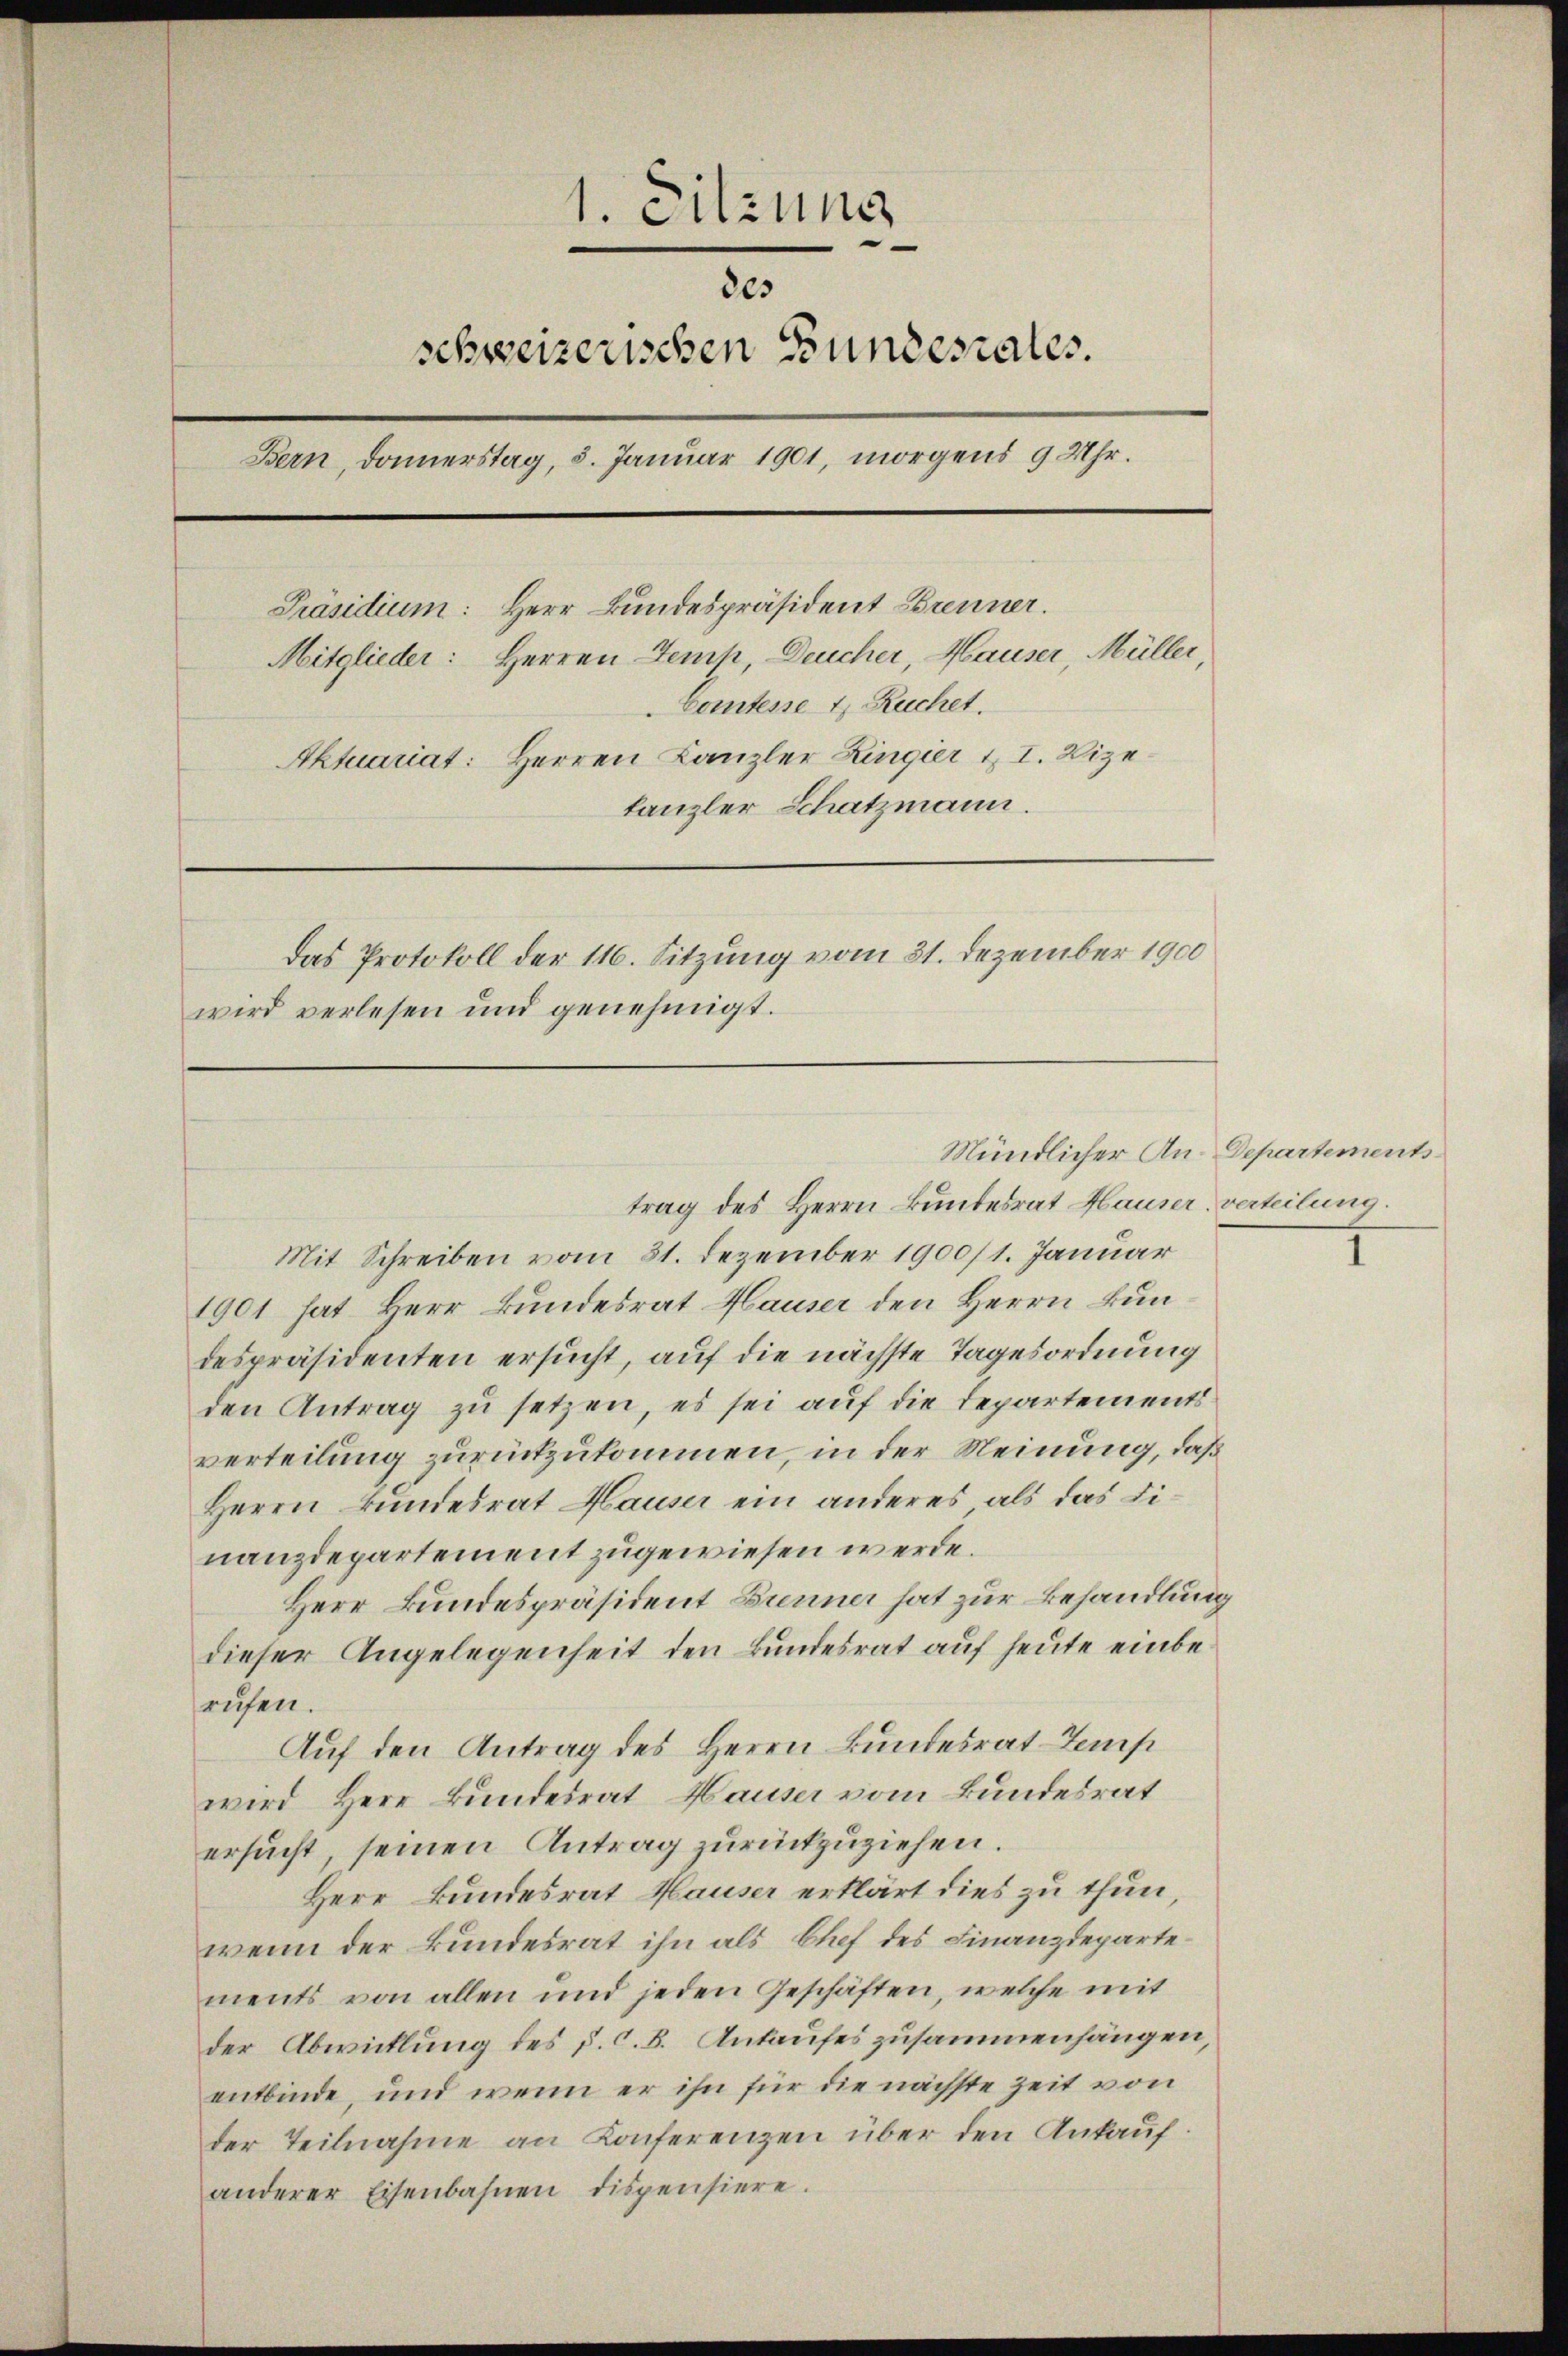
1. Sitzung
2es
schweizerischen Bundesrates.
Bern, Donnerstag, 5. Januar 1901, morgens 9 Uhr.
Präsidium: Herr Bundespräsident Brenner.
Mitglieder: Herren Temp, Deucher, Hauser, Müller,
Comtesse t Ruchet.
Aktuariat: Herren Kanzler Zingier II. Vize
kanzler Schatzmann.
Das Protokoll der 116. Sitzung vom 31. Dezember 1900
wird verlesen und genehmigt.

Mit Schreiben vom 31. Dezember 1900/1. Januar
1901 hat Herr Bundesrat Hauser den Herrn Bundespräsidenten ersucht, auf die nächste Tagesordnung
den Antrag zu setzen, es sei auf die Departements
verteilung zurückzukommen, in der Meinung, daß
Herrn Bundesrat Hauser ein anderes als das Dinanzdepartement zugewiesen werde.
Herr Bundespräsident Brenner hat zur Behandlung
dieser Angelegenheit den Bundesrat auf heute einberufen.
Auf den Antrag des Herrn Bundesrat-Temp
wird Herr Bundesrat Hauser vom Bundesrat
ersucht, seinen Antrag zurückzuziehen.
Herr Bundesrat Hauser erklärt dies zu thun,
wenn der Bundesrat ihn als Chef des Finanzdepartements von allen und jeden Geschäften, welche mit
der Abwicklung des P. C. B. Ankaufes zusammenhängen,
entbinde, und wenn er ihn für die nächste Zeit von
der Teilnahme an Konferenzen über den Ankauf
anderer Eisenbahnen dispensiere.

Mündlicher An-Departements

trag des Herrn Bundesrat Hauser, verteilung.